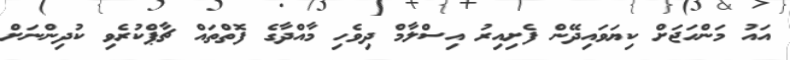
އައު މަންހަޖަށް ކިޔަވައިދޭން ފެށިއިރު އިސްލާމް ދިވެހި މާއްދާގެ ފޮތްތައް ޗާޕްކުރެވި ކުދިންނަށް